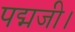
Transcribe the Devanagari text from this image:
पद्मजी।